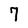
Character: 7